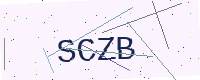
Text: SCZB